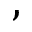
,